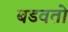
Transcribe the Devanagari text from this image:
बडवतो